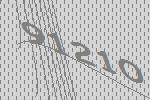
91210